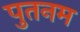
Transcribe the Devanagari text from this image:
पुतनम